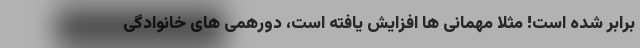
برابر شده است! مثلاً مهمانی ها افزایش یافته است، دورهمی های خانوادگی